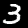
Label: 3